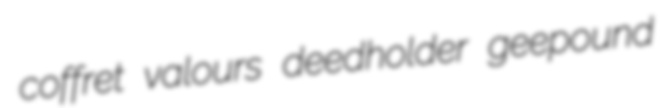
coffret valours deedholder geepound